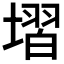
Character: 𡏽